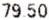
79.50